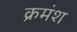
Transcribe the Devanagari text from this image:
क्रमंश